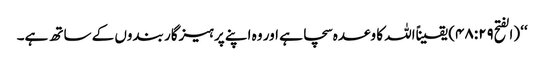
‘‘ (الفتح۴۸:۲۹) یقیناًاللہ کا وعدہ سچا ہے اور وہ اپنے پرہیزگار بندوں کے ساتھ ہے۔